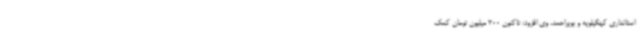
استانداری کهگیلویه و بویراحمد، وی افزود: تاکنون 200 میلیون تومان کمک